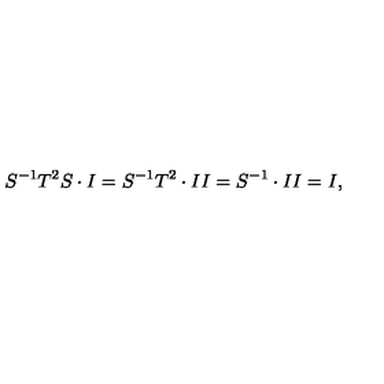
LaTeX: S ^ { - 1 } T ^ { 2 } S \cdot I = S ^ { - 1 } T ^ { 2 } \cdot I I = S ^ { - 1 } \cdot I I = I ,